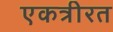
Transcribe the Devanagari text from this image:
एकत्रीरत